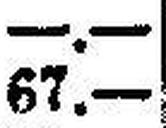
67.—